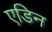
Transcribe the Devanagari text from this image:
एडिन